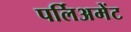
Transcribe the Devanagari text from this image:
पर्लिअमेंट